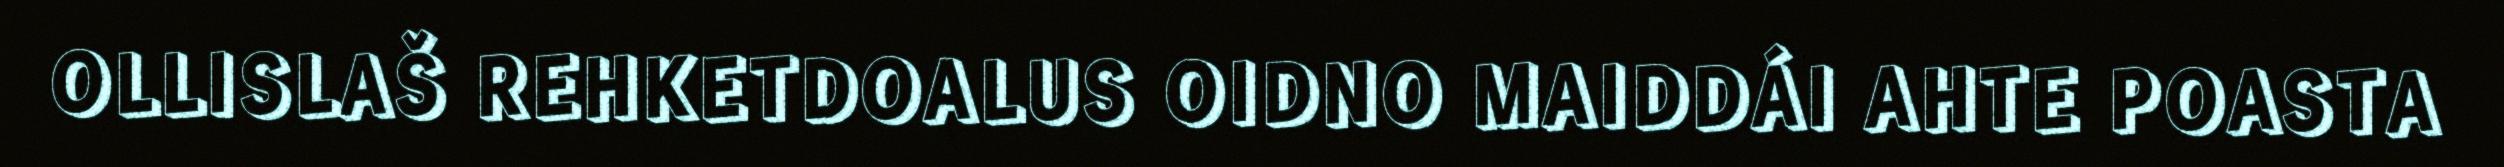
OLLISLAŠ REHKETDOALUS OIDNO MAIDDÁI AHTE POASTA